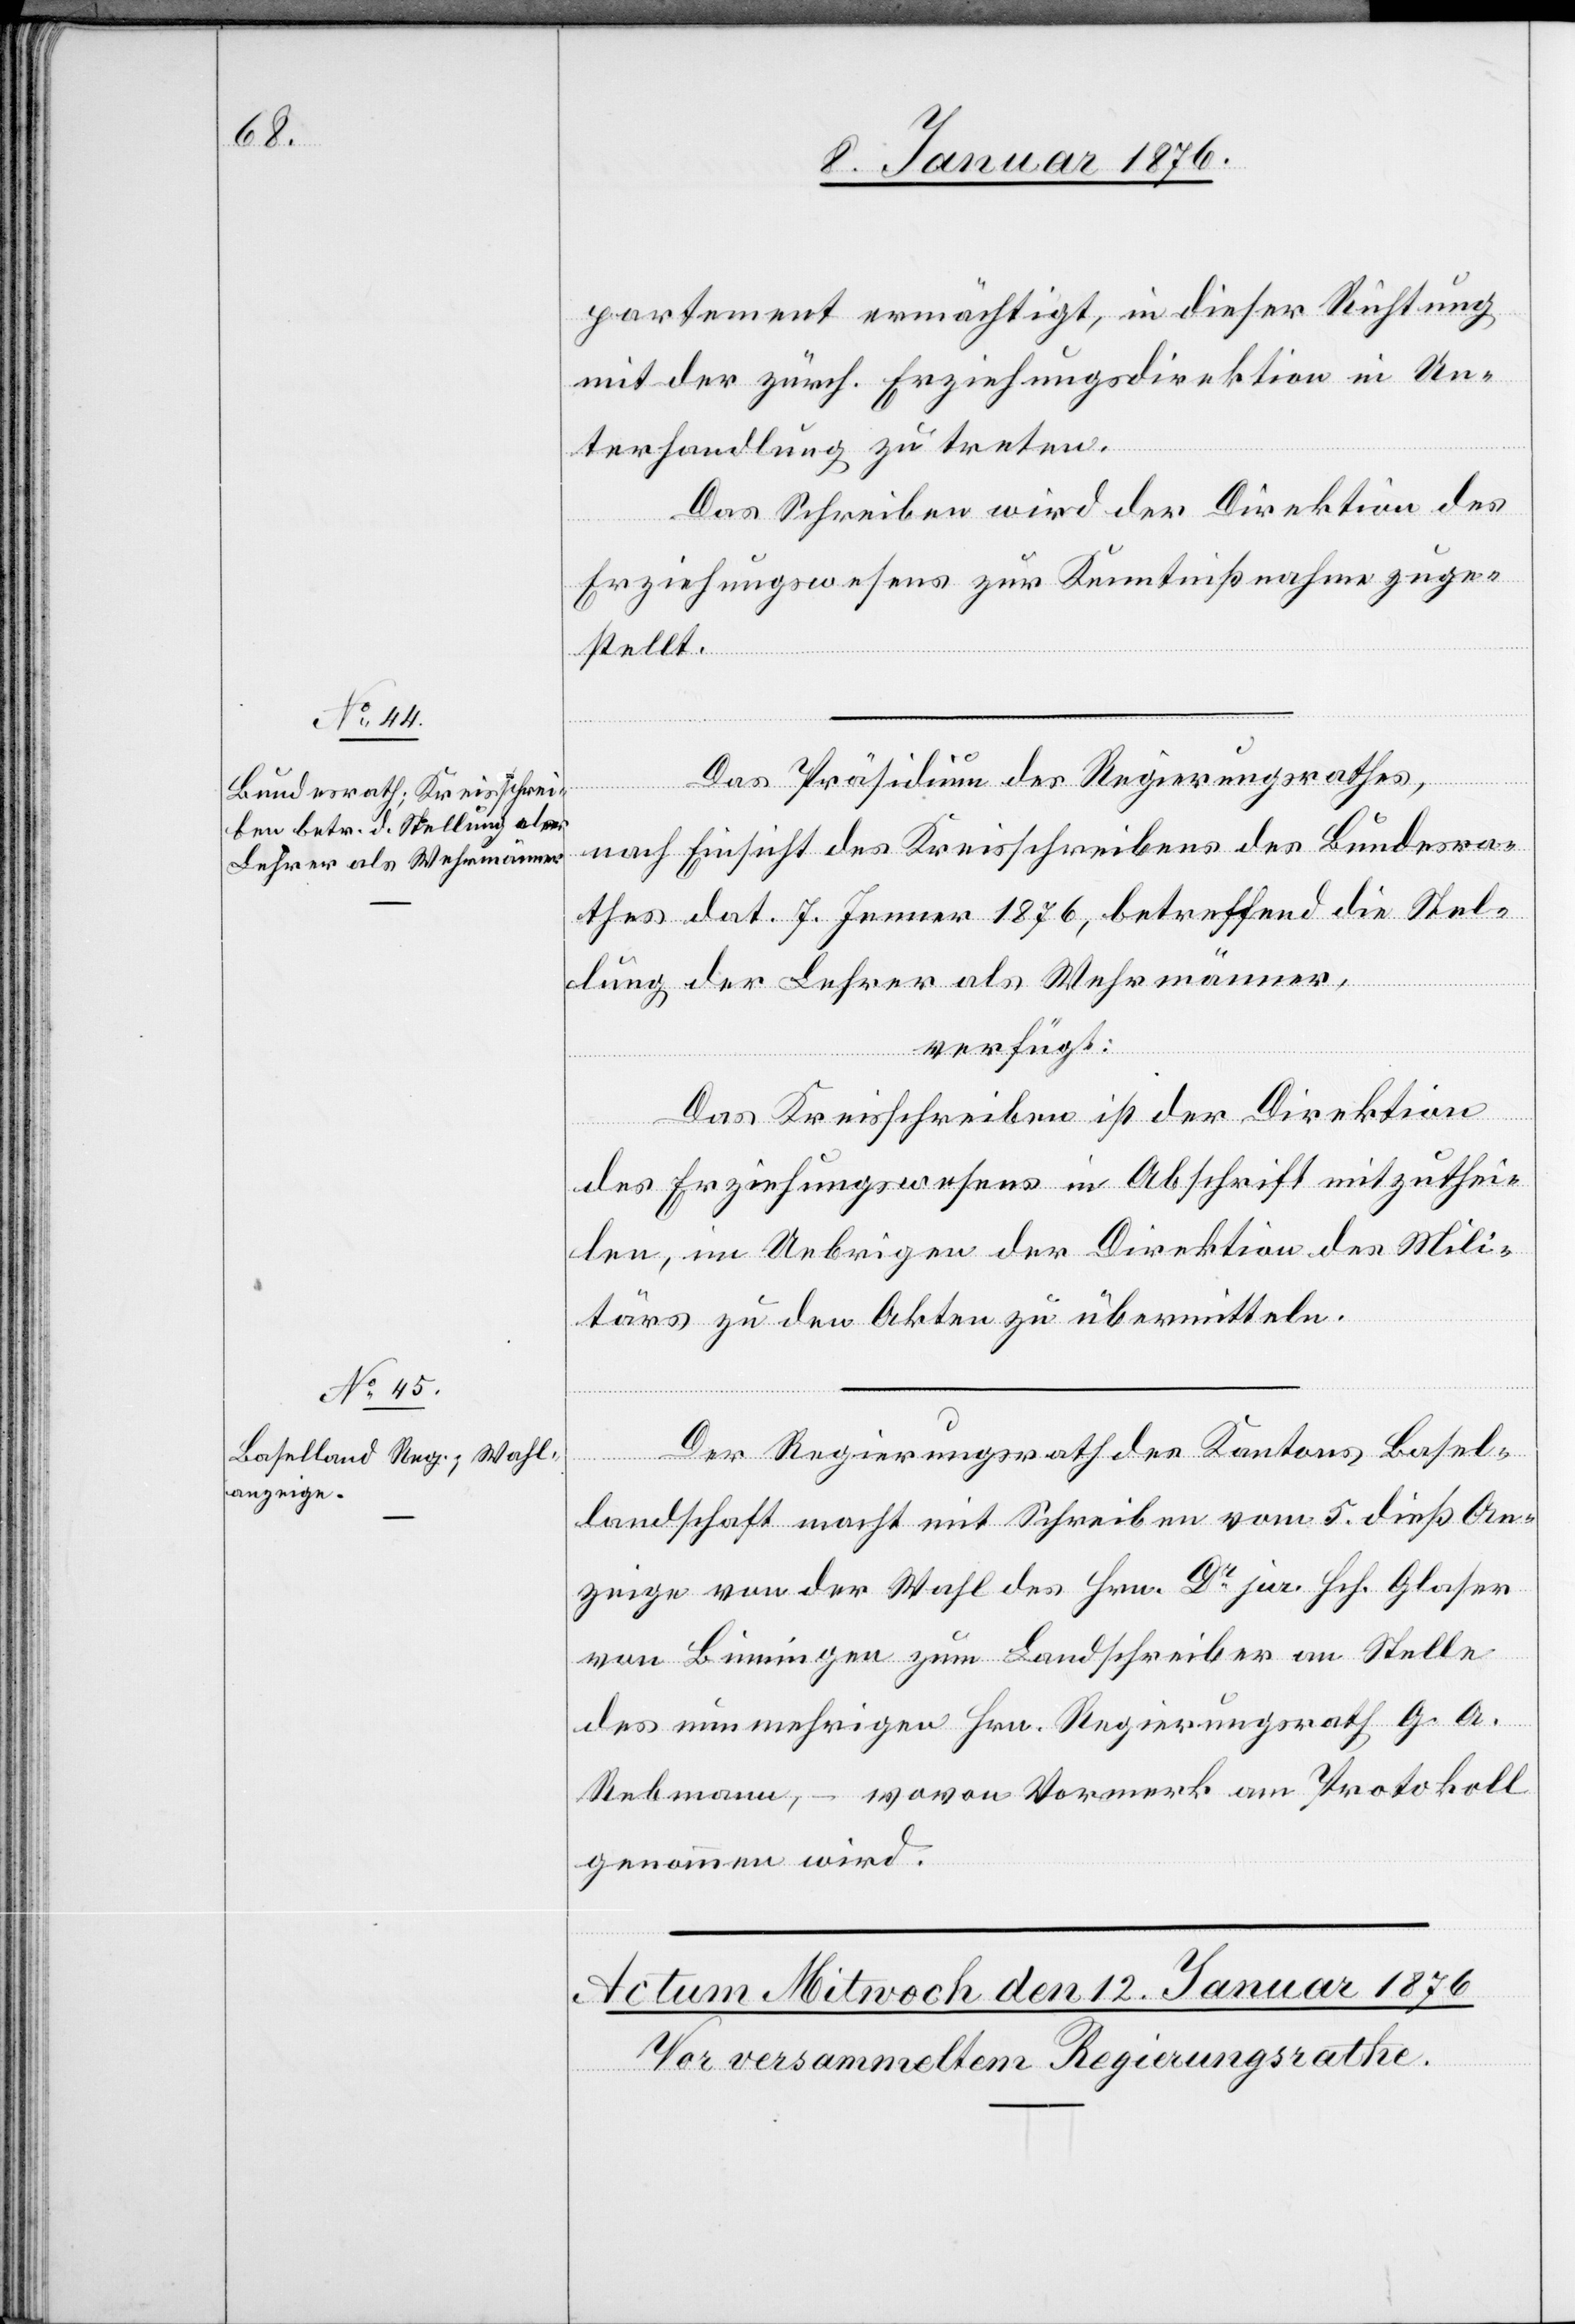
11. Januar 1876.]
partement ermächtigt, in dieser Richtung
mit der zürch. Erziehungsdirektion in Un¬
terhandlung zu treten.
Das Schreiben wird der Direktion des
Erziehungswesens zur Kenntnißnahme zuge¬
stellt.
Das Präsidium des Regierungsrathes,
nach Einsicht des Kreisschreibens des Bundesra¬
thes dat. 7. Jenner 1876, betreffend die Stel¬
lung der Lehrer als Wehrmänner,
verfügt:
Das Kreisschreiben ist der Direktion
des Erziehungswesens in Abschrift mitzuthei¬
len, im Uebrigen der Direktion des Mili¬
tärs zu den Akten zu übermitteln.
Der Regierungsrath des Kantons Basel¬
landschaft macht mit Schreiben vom 5. dieß An¬
zeige von der Wahl des Hrn. Dr. jur. Hch. Glaser
von Binningen zum Landschreiber an Stelle
des nunmehrigen Hrn. Regierungsrath G. A.
Rebmann, – wovon Vormerk am Protokoll
genommen wird.